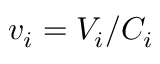
v _ { i } = { V _ { i } } / { C _ { i } }